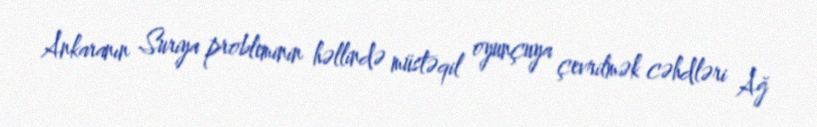
Ankaranın Suriya probleminin həllində müstəqil oyunçuya çevrilmək cəhdləri Ağ